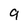
Character: 9